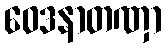
ဝေဒနာတဏှာ